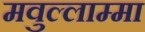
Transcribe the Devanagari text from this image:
मवुल्लाम्मा